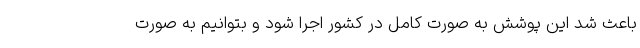
باعث شد این پوشش به صورت کامل در کشور اجرا شود و بتوانیم به صورت